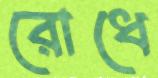
রোধে